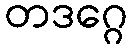
တဒဂ္ဂေ